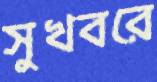
সুখবরে